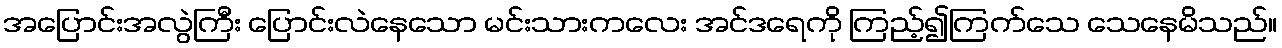
အပြောင်းအလွဲကြီး ပြောင်းလဲနေသော မင်းသားကလေး အင်ဒရေကို ကြည့်၍ကြက်သေ သေနေမိသည်။